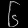
Digit: ၆